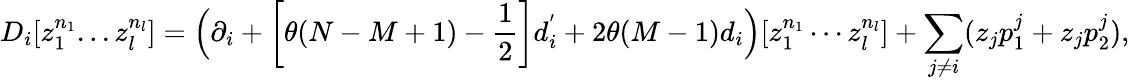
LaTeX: D_{i}[z_{1}^{n_{1}}...z_{l}^{n_{l}}]=\Big(\partial_{i}+\left[\theta(N-M+1)-\frac{1}{2}\right]d_{i}^{'}+2\theta(M-1)d_{i}\Big)[z_{1}^{n_{1}}\cdots z_{l}^{n_{l}}]+\sum_{j\ne i}(z_{j}p_{1}^{j}+z_{j}p_{2}^{j}),